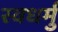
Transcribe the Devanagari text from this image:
स्वधर्मु